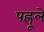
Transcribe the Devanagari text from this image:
पह्रूले